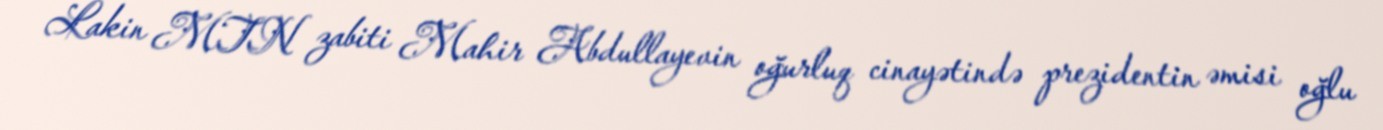
Lakin MTN zabiti Mahir Abdullayevin oğurluq cinayətində prezidentin əmisi oğlu